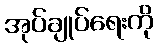
အုပ်ချုပ်ရေးကို